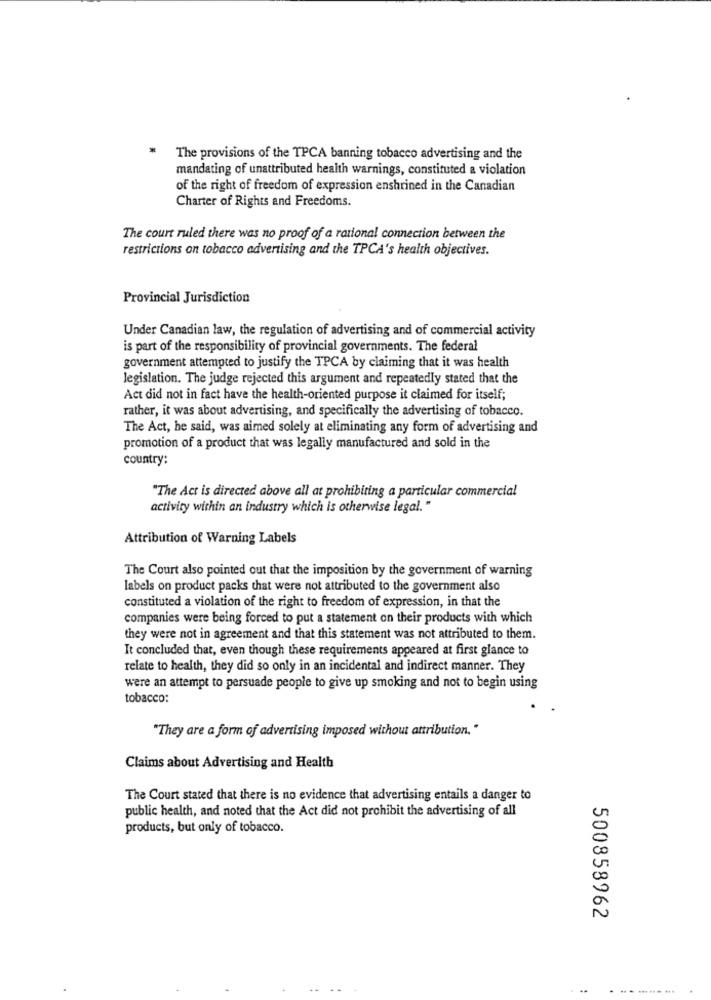
The provisions of the TPCA banning tobacco advertising and the
mandating of unattributed health warnings, constituted a violation
of the right of freedom of expression enshrined in the Canadian
Charter of Rights and Freedoms.
The court ruled there was no proof of a rational connection between the
restrictions on tobacco advertising and the TPCA's health objectives.
Provincial Jurisdiction
Under Canadian law, the regulation of advertising and of commercial activity
is part of the responsibility of provincial governments. The federal
government attempted to justify the TPCA by claiming that it was health
legislation. The judge rejected this argument and repeatedly stated that the
Act did not in fact have the health-oriented purpose it claimed for itself;
rather, it was about advertising, and specifically the advertising of tobacco.
The Act, he said, was aimed solely at eliminating any form of advertising and
promotion of a product that was legally manufactured and sold in the
country:
"The Act is directed above all at prohibiting a particular commercial
activity within an industry which is otherwise legal."
Attribution of Warning Labels
The Court also pointed out that the imposition by the government of warning
labels on product packs that were not attributed to the government also
constituted a violation of the right to freedom of expression, in that the
companies were being forced to put a statement on their products with which
they were not in agreement and that this statement was not attributed to them.
It concluded that, even though these requirements appeared at first glance to
relate to health, they did so only in an incidental and indirect manner. They
were an attempt to persuade people to give up smoking and not to begin using
tobacco:
"They are a form of advertising imposed without attribution. "
Claims about Advertising and Health
The Court stated that there is no evidence that advertising entails a danger to
public health, and noted that the Act did not prohibit the advertising of all
products, but only of tobacco.
500858962